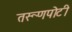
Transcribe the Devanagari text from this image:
तरूणपोटी